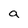
Character: a